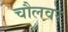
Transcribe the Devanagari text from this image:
चौलवर